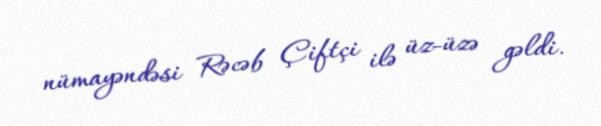
nümayəndəsi Rəcəb Çiftçi ilə üz-üzə gəldi.